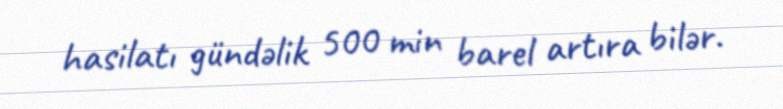
hasilatı gündəlik 500 min barel artıra bilər.